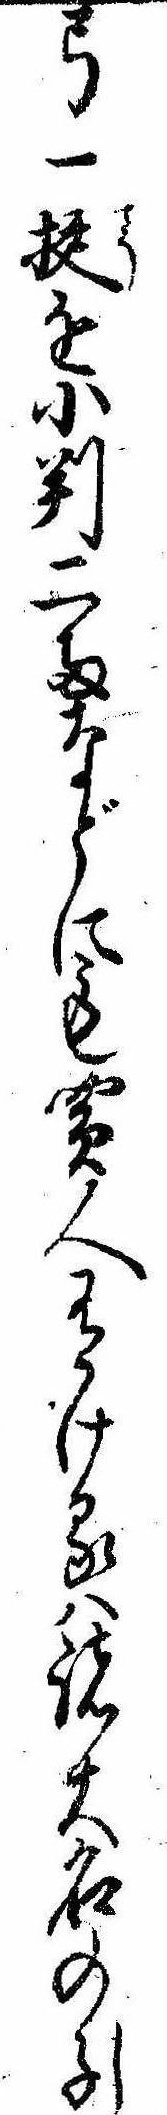
弓一挺を小判二両などにも買人有けるは諸大名の子